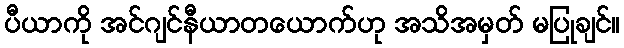
ပီယာကို အင်ဂျင်နီယာတယောက်ဟု အသိအမှတ် မပြုချင်။